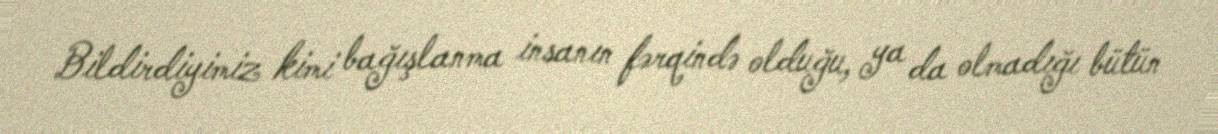
Bildirdiyimiz kimi bağışlanma insanın fərqində olduğu, ya da olmadığı bütün